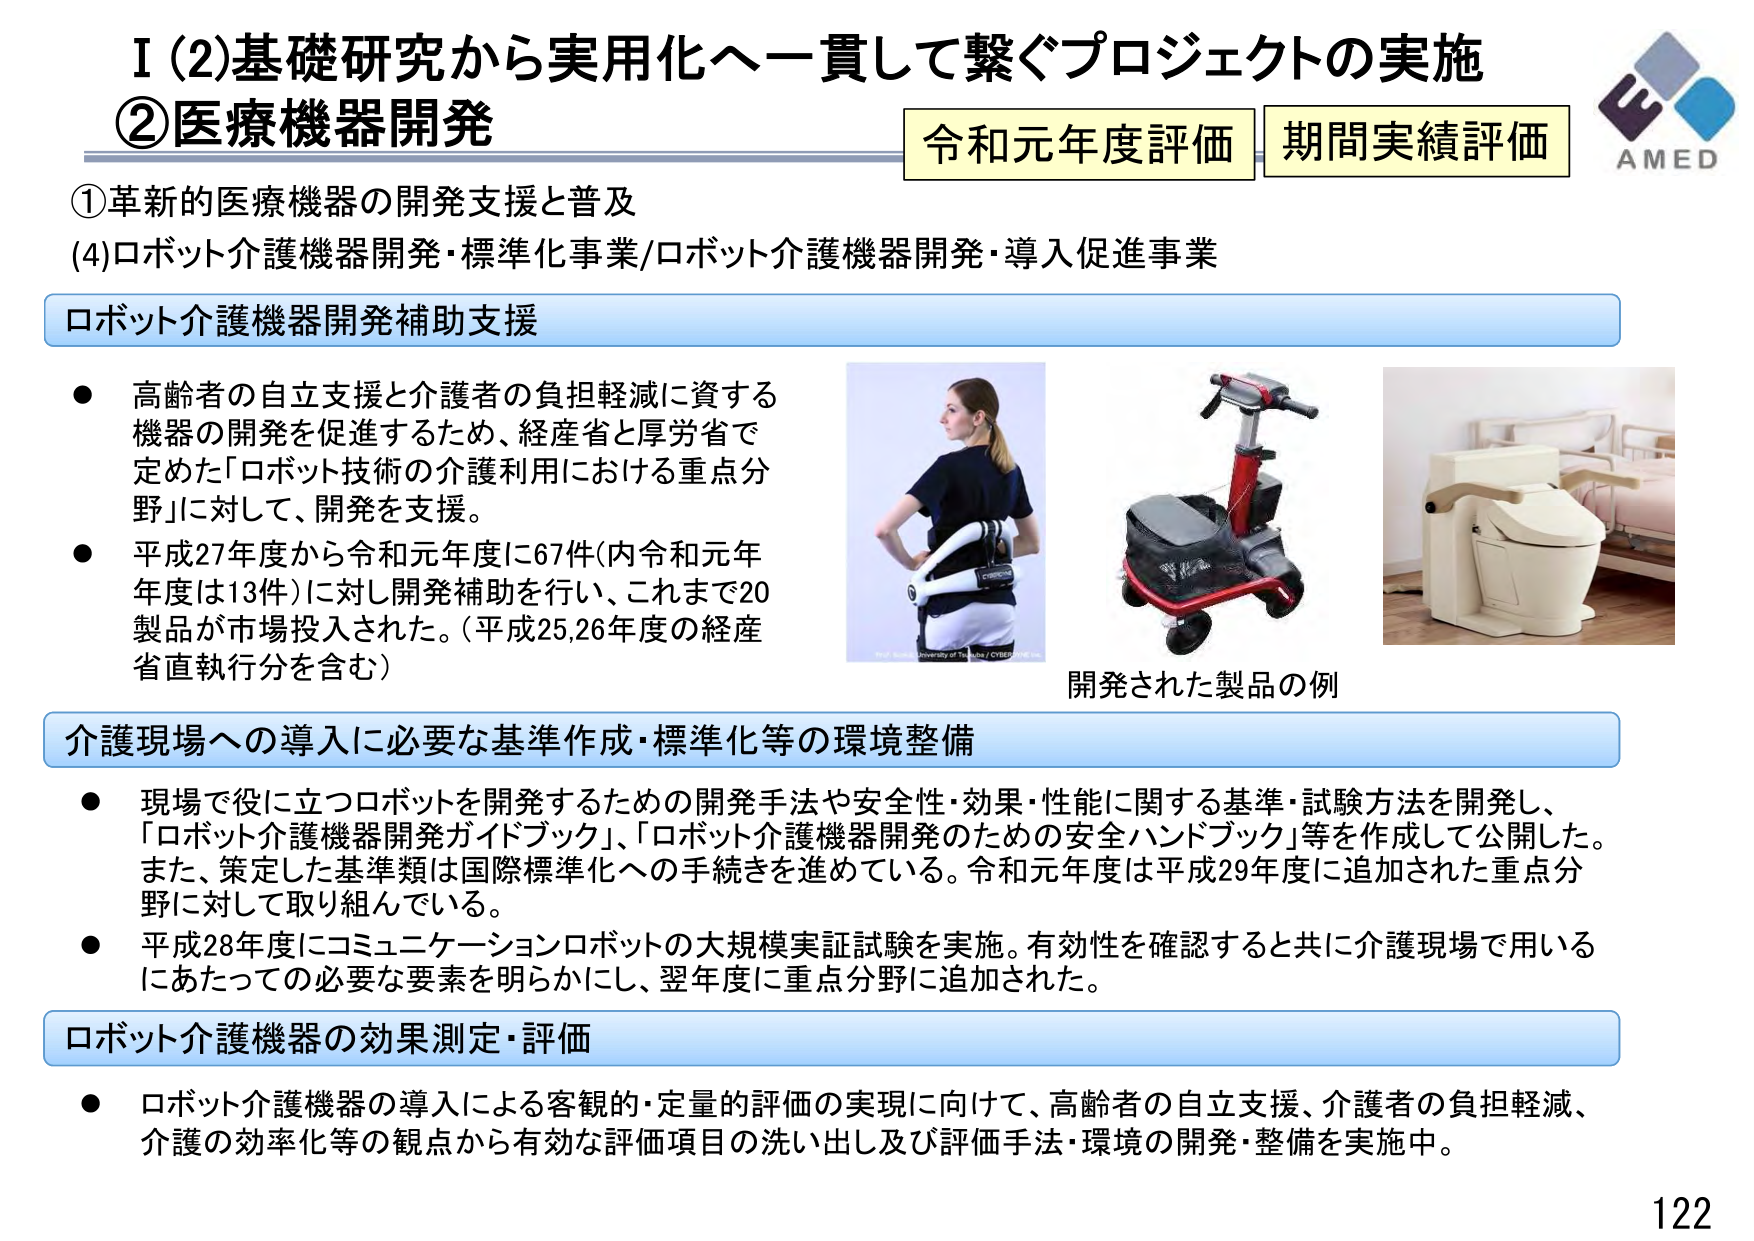
I (2)基礎研究から実用化へ一貫して繋ぐプロジェクトの実施
②医療機器開発
令和元年度評価 期間実績評価
AMED

①革新的医療機器の開発支援と普及
(4)ロボット介護機器開発・標準化事業/ロボット介護機器開発・導入促進事業

ロボット介護機器開発補助支援
● 高齢者の自立支援と介護者の負担軽減に資する機器の開発を促進するため、経産省と厚労省で定めた「ロボット技術の介護利用における重点分野」に対して、開発を支援。
● 平成27年度から令和元年度に67件（内令和元年度は13件）に対し開発補助を行い、これまで20製品が市場投入された。（平成25,26年度の経産省直執行分を含む）

開発された製品の例

介護現場への導入に必要な基準作成・標準化等の環境整備
● 現場で役に立つロボットを開発するための開発手法や安全性・効果・性能に関する基準・試験方法を開発し、「ロボット介護機器開発ガイドブック」、「ロボット介護機器開発のための安全ハンドブック」等を作成して公開した。また、策定した基準類は国際標準化への手続きを進めている。令和元年度は平成29年度に追加された重点分野に対して取り組んでいる。
● 平成28年度にコミュニケーションロボットの大規模実証試験を実施。有効性を確認すると共に介護現場で用いるにあたっての必要な要素を明らかにし、翌年度に重点分野に追加された。

ロボット介護機器の効果測定・評価
● ロボット介護機器の導入による客観的・定量的評価の実現に向けて、高齢者の自立支援、介護者の負担軽減、介護の効率化等の観点から有効な評価項目の洗い出し及び評価手法・環境の開発・整備を実施中。

122